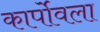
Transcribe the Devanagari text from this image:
कार्पोवला